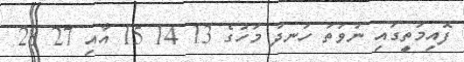
ފޮއިމަތީގައި ނުވަތަ ހަނދު މަހުގެ 13 14 15 އާއި 27 28